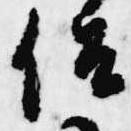
侶